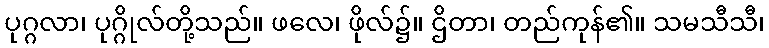
ပုဂ္ဂလာ၊ ပုဂ္ဂိုလ်တို့သည်။ ဖလေ၊ ဖိုလ်၌။ ဌိတာ၊ တည်ကုန်၏။ သမသီသီ၊